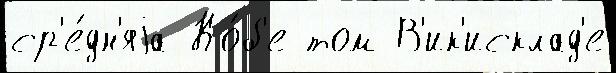
ср'е́дн'яjа Ко́б'е том В'ик'исклад'е